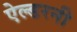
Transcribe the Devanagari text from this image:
ऐल्डरनी